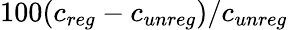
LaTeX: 100(c_{reg}-c_{unreg})/c_{unreg}